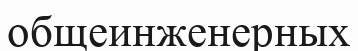
общеинженерных